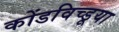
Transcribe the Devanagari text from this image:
कोंडविच्डूया